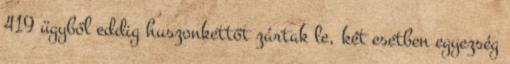
419 ügyből eddig huszonkettőt zártak le, két esetben egyezség